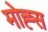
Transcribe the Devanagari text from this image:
मोह्स